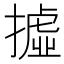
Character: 𢴮